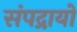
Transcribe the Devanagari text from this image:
संपद्रायों